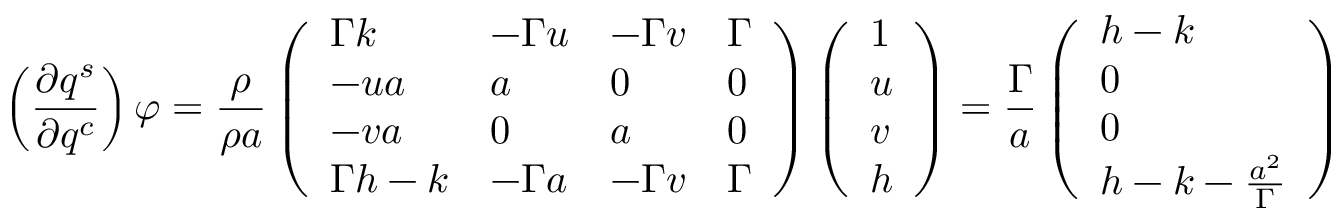
\left( \frac { \partial q ^ { s } } { \partial q ^ { c } } \right) \varphi = \frac { \rho } { \rho a } \left( \begin{array} { l l l l } { \Gamma k } & { - \Gamma u } & { - \Gamma v } & { \Gamma } \\ { - u a } & { a } & { 0 } & { 0 } \\ { - v a } & { 0 } & { a } & { 0 } \\ { \Gamma h - k } & { - \Gamma a } & { - \Gamma v } & { \Gamma } \end{array} \right) \left( \begin{array} { l } { 1 } \\ { u } \\ { v } \\ { h } \end{array} \right) = \frac { \Gamma } { a } \left( \begin{array} { l } { h - k } \\ { 0 } \\ { 0 } \\ { h - k - \frac { a ^ { 2 } } { \Gamma } } \end{array} \right)